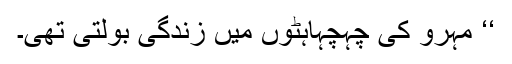
‘‘ مہرو کی چہچہاہٹوں میں زندگی بولتی تھی۔